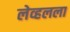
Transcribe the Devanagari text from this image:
लेव्हलला